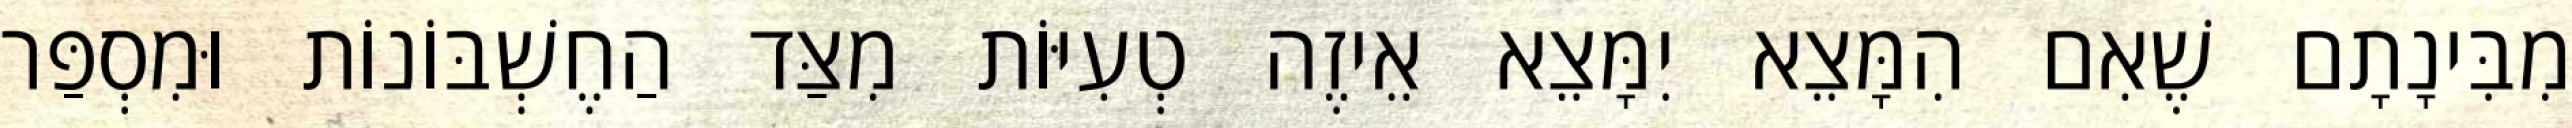
מִבִּינָתָם שֶׁאִם הִמָּצֵא יִמָּצֵא אֵיזֶה טְעִיּוֹת מִצַּד הַחֶשְׁבּוֹנוֹת וּמִסְפַּר